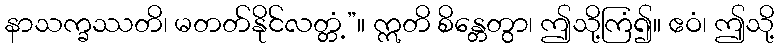
နာသက္ခဿတိ၊ မတတ်နိုင်လတ္တံ့”။ ဣတိ စိန္တေတွာ၊ ဤသို့ကြံ၍။ ဧဝံ၊ ဤသို့